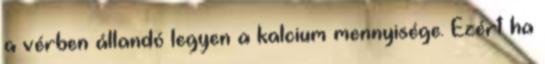
a vérben állandó legyen a kalcium mennyisége. Ezért ha